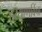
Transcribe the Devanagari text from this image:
हरयाणविंचा